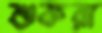
শুকরা